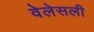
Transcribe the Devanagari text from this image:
वेलेसली